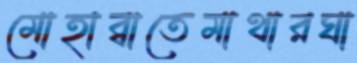
মোহাব্বাতেমাথারঘা